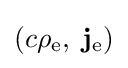
(c\rho _{\mathrm {e} },\;\mathbf {j} _{\mathrm {e} })